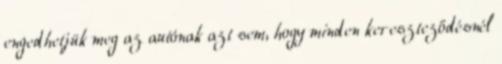
engedhetjük meg az autónak azt sem, hogy minden kereszteződésnél